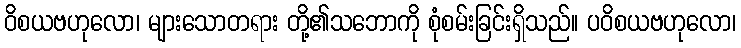
ဝိစယဗဟုလော၊ များသောတရား တို့၏သဘောကို စုံစမ်းခြင်းရှိသည်။ ပဝိစယဗဟုလော၊